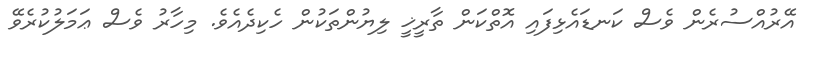
އޭރުއްސުރެން ވެސް ކަނޑައެޅިފައި އޮތްކަން ތާރީޚީ ލިޔުންތަކުން ހެކިދެއެވެ. މިހާރު ވެސް ޢަމަލުކުރެވޭ